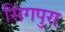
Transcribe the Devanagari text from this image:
सिंगपुरा